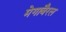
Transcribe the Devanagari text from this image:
मेगाबैरल